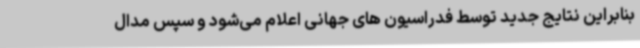
بنابراین نتایج جدید توسط فدراسیون های جهانی اعلام می‌شود و سپس مدال